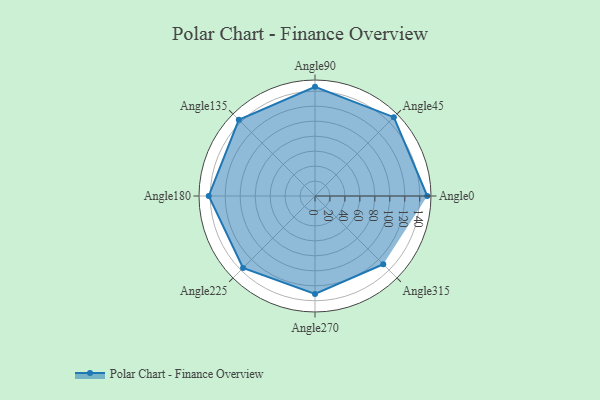
{"axis": {"x": "Angle", "y": "Radius"}, "legend": [""], "data": [{"x": "Angle0", "y": 150.0, "type": ""}, {"x": "Angle45", "y": 149.0, "type": ""}, {"x": "Angle90", "y": 146.0, "type": ""}, {"x": "Angle135", "y": 144.0, "type": ""}, {"x": "Angle180", "y": 142.0, "type": ""}, {"x": "Angle225", "y": 136.0, "type": ""}, {"x": "Angle270", "y": 131.0, "type": ""}, {"x": "Angle315", "y": 129.0, "type": ""}]}